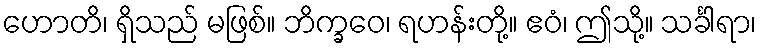
ဟောတိ၊ ရှိသည် မဖြစ်။ ဘိက္ခဝေ၊ ရဟန်းတို့။ ဧဝံ၊ ဤသို့။ သင်္ခါရာ၊